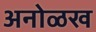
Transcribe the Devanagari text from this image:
अनोळख